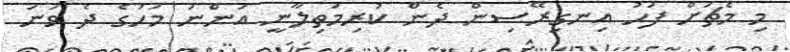
މި މެޗަށް ފަހު އިނގިރޭސިން ދެން ކުރިމަތިލާނީ އަންނަ މަހުގެ ދެ ވަނަ